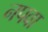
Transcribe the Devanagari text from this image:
नपवा